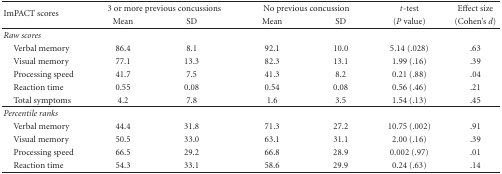
<table><thead><tr><td rowspan="2"><b>ImPACT scores</b></td><td colspan="2"><b>3 or more previous concussions</b></td><td colspan="2"><b>No previous concussion</b></td><td><b><i>t</i>-test</b></td><td><b>Effect size</b></td></tr><tr><td><b>Mean</b></td><td><b>SD</b></td><td><b>Mean</b></td><td><b>SD</b></td><td><b>(<i>P</i> value)</b></td><td><b>(Cohen&#x27;s <i>d</i>) </b></td></tr></thead><tbody><tr><td><i>Raw scores</i></td><td></td><td></td><td></td><td></td><td></td><td></td></tr><tr><td> Verbal memory</td><td>86.4</td><td>8.1</td><td>92.1</td><td>10.0</td><td>5.14 (.028)</td><td>.63</td></tr><tr><td> Visual memory</td><td>77.1</td><td>13.3</td><td>82.3</td><td>13.1</td><td>1.99 (.16)</td><td>.39</td></tr><tr><td> Processing speed</td><td>41.7</td><td>7.5</td><td>41.3</td><td>8.2</td><td>0.21 (.88)</td><td>.04</td></tr><tr><td> Reaction time</td><td>0.55</td><td>0.08</td><td>0.54</td><td>0.08</td><td>0.56 (.46)</td><td>.21</td></tr><tr><td> Total symptoms</td><td>4.2</td><td>7.8</td><td>1.6</td><td>3.5</td><td>1.54 (.13)</td><td>.45</td></tr><tr><td><i>Percentile ranks</i></td><td></td><td></td><td></td><td></td><td></td><td></td></tr><tr><td> Verbal memory</td><td>44.4</td><td>31.8</td><td>71.3</td><td>27.2</td><td>10.75 (.002)</td><td>.91</td></tr><tr><td> Visual memory</td><td>50.5</td><td>33.0</td><td>63.1</td><td>31.1</td><td>2.00 (.16)</td><td>.39</td></tr><tr><td> Processing speed</td><td>66.5</td><td>29.2</td><td>66.8</td><td>28.9</td><td>0.002 (.97)</td><td>.01</td></tr><tr><td> Reaction time</td><td>54.3</td><td>33.1</td><td>58.6</td><td>29.9</td><td>0.24 (.63)</td><td>.14</td></tr></tbody></table>